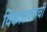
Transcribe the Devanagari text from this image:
विकासदराची